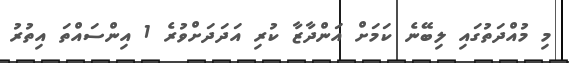
މި މުއްދަތުގައި ލިބޭނެ ކަމަށް އަންދާޒާ ކުރި އަދަދަށްވުރެ 1 އިންސައްތަ އިތުރު